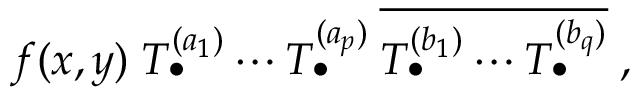
f ( x , y ) \; T _ { \bullet } ^ { ( a _ { 1 } ) } \cdots T _ { \bullet } ^ { ( a _ { p } ) } \: \overline { { { T _ { \bullet } ^ { ( b _ { 1 } ) } \cdots T _ { \bullet } ^ { ( b _ { q } ) } } } } \; ,